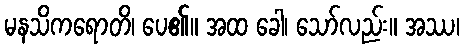
မနသိကရောတိ၊ ပေ၏။ အထ ခေါ၊ သော်လည်း။ အဿ၊